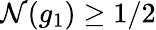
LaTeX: \mathcal{N}(g_{1})\geq1/2